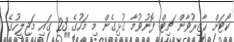
ކޯޓަށް ހާޒިރުވާން ޗިޓް ފޮނުވުމާ ގުޅިގެން މި މަހުގެ 23 ގައި މަޖިލީހުގެ